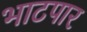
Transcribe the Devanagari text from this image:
भाटपार